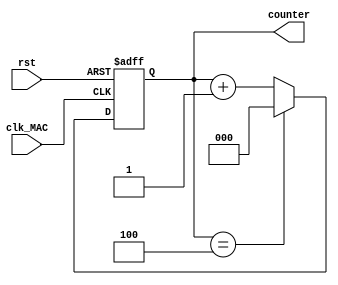
module counter(clk_MAC,counter,rst);
input wire clk_MAC,rst;
output reg [2:0] counter;
always @(posedge clk_MAC or negedge rst)
	begin
		if(!rst)
			begin counter<=0; end
		else if(counter==4)
			counter<=0;
		else	
			counter<=counter+3'b01;		
	end 

endmodule